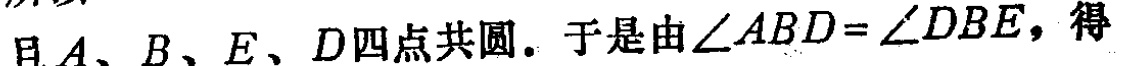
且\(A、B、E、D\)四点共圆. 于是由\(\angle ABD = \angle DBE\)，得